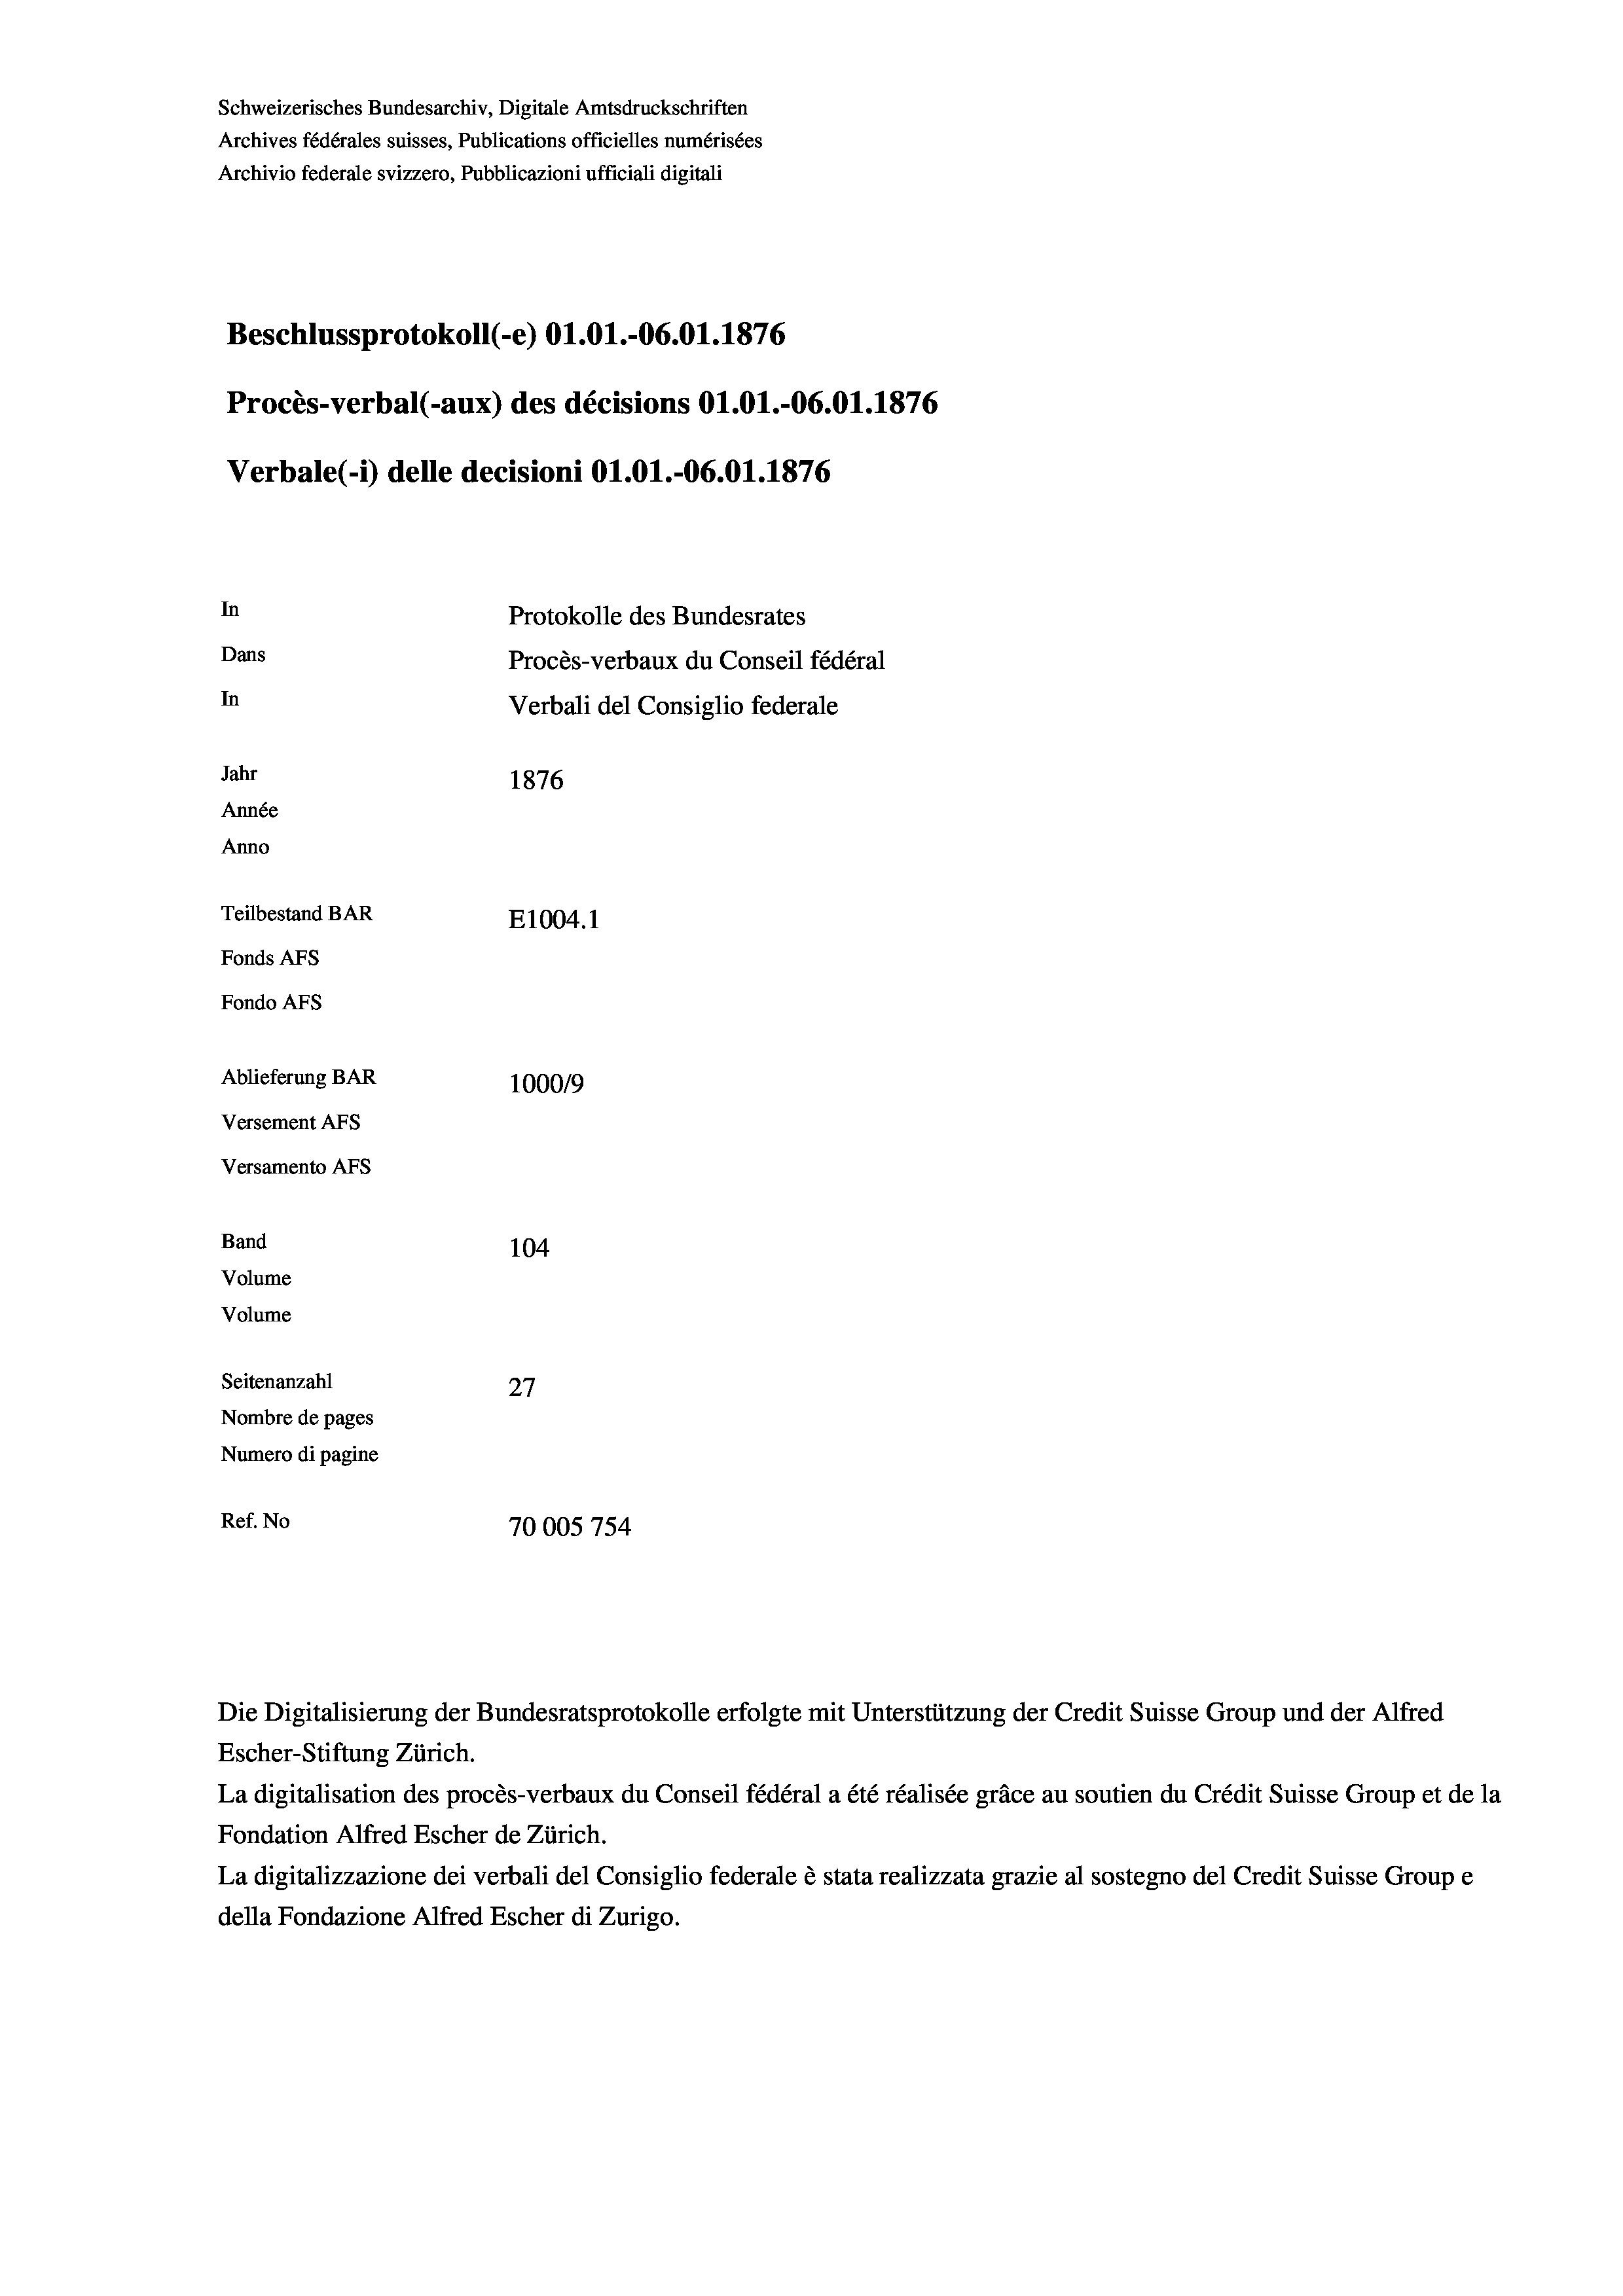
Schweizerisches Bundesarchiv, Digitale Amtsdruckschriften
Archives fédérales suisses, Publications officielles numérisées
Archivio federale svizzero, Pubblicazioni ufficiali digitali
Beschlussprotokoll (-e) O1.01.-06.01. 1876
Procès-verbal (-aux) des décisions O1.01.-06.01. 1876
Verbale(-*) delle decisioni O1.01.-06.01. 1876
In
Protokolle des Bundesrates
Dans
Procès-verbaux du Conseil fédéral
In
Verbali del Consiglio federale
Jahr
1876
Année
Anno
Teilbestand BAR
E1004.1
Fonds AFs
Fondo Afs
Ablieferung BAR
100019
Versement AFs
Versamento Afs
Band
104.
Volume
Volume

Seitenanzahl
27
Nombre de pages
Numero di pagine
Ref. No
70005 754

Escher-Stiftung Zürich.
La digitalisation des procès-verbaux du Conseil fédéral a été réalisée gräce au soutien du Crédit Suisse Group et de la
Fondation Alfred Escher de Zürich.
La digitalizzazione dei verbali del Consiglio federale è stata realizzata grazie al sostegno del Credit Suisse Groupe
della Fondazione Alfred Escher di Zurigo.

Die Digitalisierung der Bundesratsprotokolle erfolgte mit Unterstützung der Credit Suisse Group und der Alfred